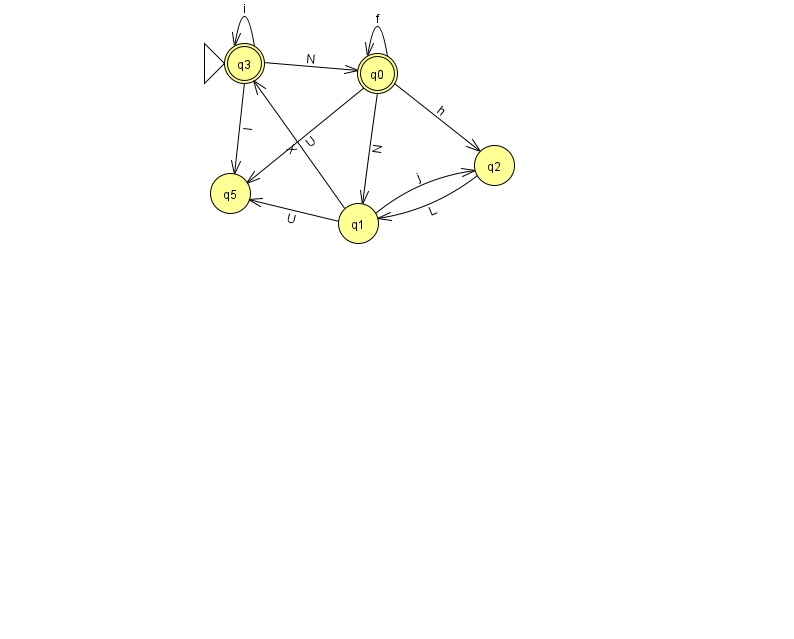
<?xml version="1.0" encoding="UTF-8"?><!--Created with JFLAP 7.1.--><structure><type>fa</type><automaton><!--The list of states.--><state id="0" name="q0"><x>377.0</x><y>60.0</y><final/></state><state id="1" name="q1"><x>358.0</x><y>210.0</y></state><state id="2" name="q2"><x>494.0</x><y>152.0</y></state><state id="3" name="q3"><x>244.0</x><y>50.0</y><initial/><final/></state><state id="5" name="q5"><x>230.0</x><y>180.0</y></state><!--The list of transitions.--><transition><from>3</from><to>5</to><read>I</read></transition><transition><from>0</from><to>1</to><read>N</read></transition><transition><from>0</from><to>5</to><read>U</read></transition><transition><from>0</from><to>0</to><read>f</read></transition><transition><from>0</from><to>2</to><read>h</read></transition><transition><from>3</from><to>0</to><read>N</read></transition><transition><from>3</from><to>3</to><read>i</read></transition><transition><from>1</from><to>2</to><read>j</read></transition><transition><from>1</from><to>5</to><read>U</read></transition><transition><from>2</from><to>1</to><read>L</read></transition><transition><from>1</from><to>3</to><read>X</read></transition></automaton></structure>